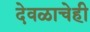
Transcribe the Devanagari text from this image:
देवळाचेही